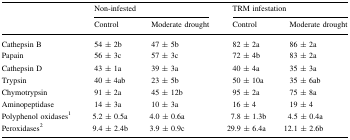
<table><thead><tr><td rowspan="2"></td><td colspan="2"><b>Non-infested</b></td><td colspan="2"><b>TRM infestation</b></td></tr><tr><td><b>Control</b></td><td><b>Moderate drought</b></td><td><b>Control</b></td><td><b>Moderate drought</b></td></tr></thead><tbody><tr><td>Cathepsin B</td><td>54 ± 2b</td><td>47 ± 5b</td><td>82 ± 2a</td><td>86 ± 2a</td></tr><tr><td>Papain</td><td>56 ± 3c</td><td>57 ± 3c</td><td>72 ± 4b</td><td>83 ± 2a</td></tr><tr><td>Cathepsin D</td><td>43 ± 1a</td><td>39 ± 3a</td><td>40 ± 4a</td><td>35 ± 3a</td></tr><tr><td>Trypsin</td><td>40 ± 4ab</td><td>23 ± 5b</td><td>50 ± 10a</td><td>35 ± 6ab</td></tr><tr><td>Chymotrypsin</td><td>91 ± 2a</td><td>45 ± 12b</td><td>95 ± 2a</td><td>75 ± 8a</td></tr><tr><td>Aminopeptidase</td><td>14 ± 3a</td><td>10 ± 3a</td><td>16 ± 4</td><td>19 ± 4</td></tr><tr><td>Polyphenol oxidases<sup>1</sup></td><td>5.2 ± 0.5a</td><td>4.0 ± 0.6a</td><td>7.8 ± 1.3b</td><td>4.5 ± 0.4a</td></tr><tr><td>Peroxidases<sup>2</sup></td><td>9.4 ± 2.4b</td><td>3.9 ± 0.9c</td><td>29.9 ± 6.4a</td><td>12.1 ± 2.6b</td></tr></tbody></table>